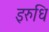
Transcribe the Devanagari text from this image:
इरुधि